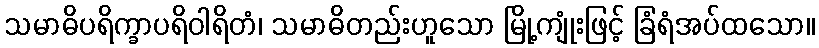
သမာဓိပရိက္ခာပရိဝါရိတံ၊ သမာဓိတည်းဟူသော မြို့ကျုံးဖြင့် ခြံရံအပ်ထသော။